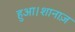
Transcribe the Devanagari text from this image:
हुआ।शानाज़